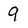
Character: 9